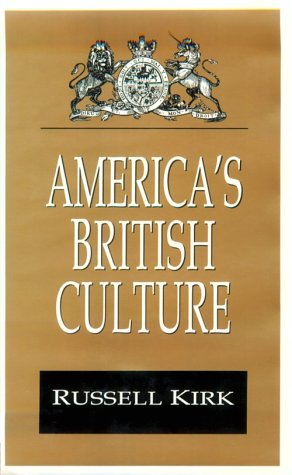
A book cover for America's British Culture (Library of Conservative Thought); Russell Kirk; Medical Books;